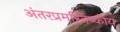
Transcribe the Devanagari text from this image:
अंतरप्रमस्तिष्‍कीय